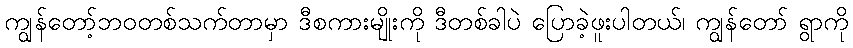
ကျွန်တော့်ဘဝတစ်သက်တာမှာ ဒီစကားမျိုးကို ဒီတစ်ခါပဲ ပြောခဲ့ဖူးပါတယ်၊ ကျွန်တော် ရွာကို